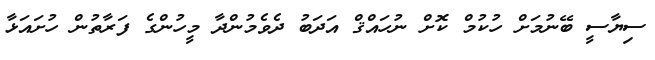
ސިޔާސީ ބޭނުމަށް ހުކުމް ކޮށް ނުހައްޤް އަދަބު ދެވެމުންދާ މީހުންގެ ފަރާތުން ހުށައަޅާ